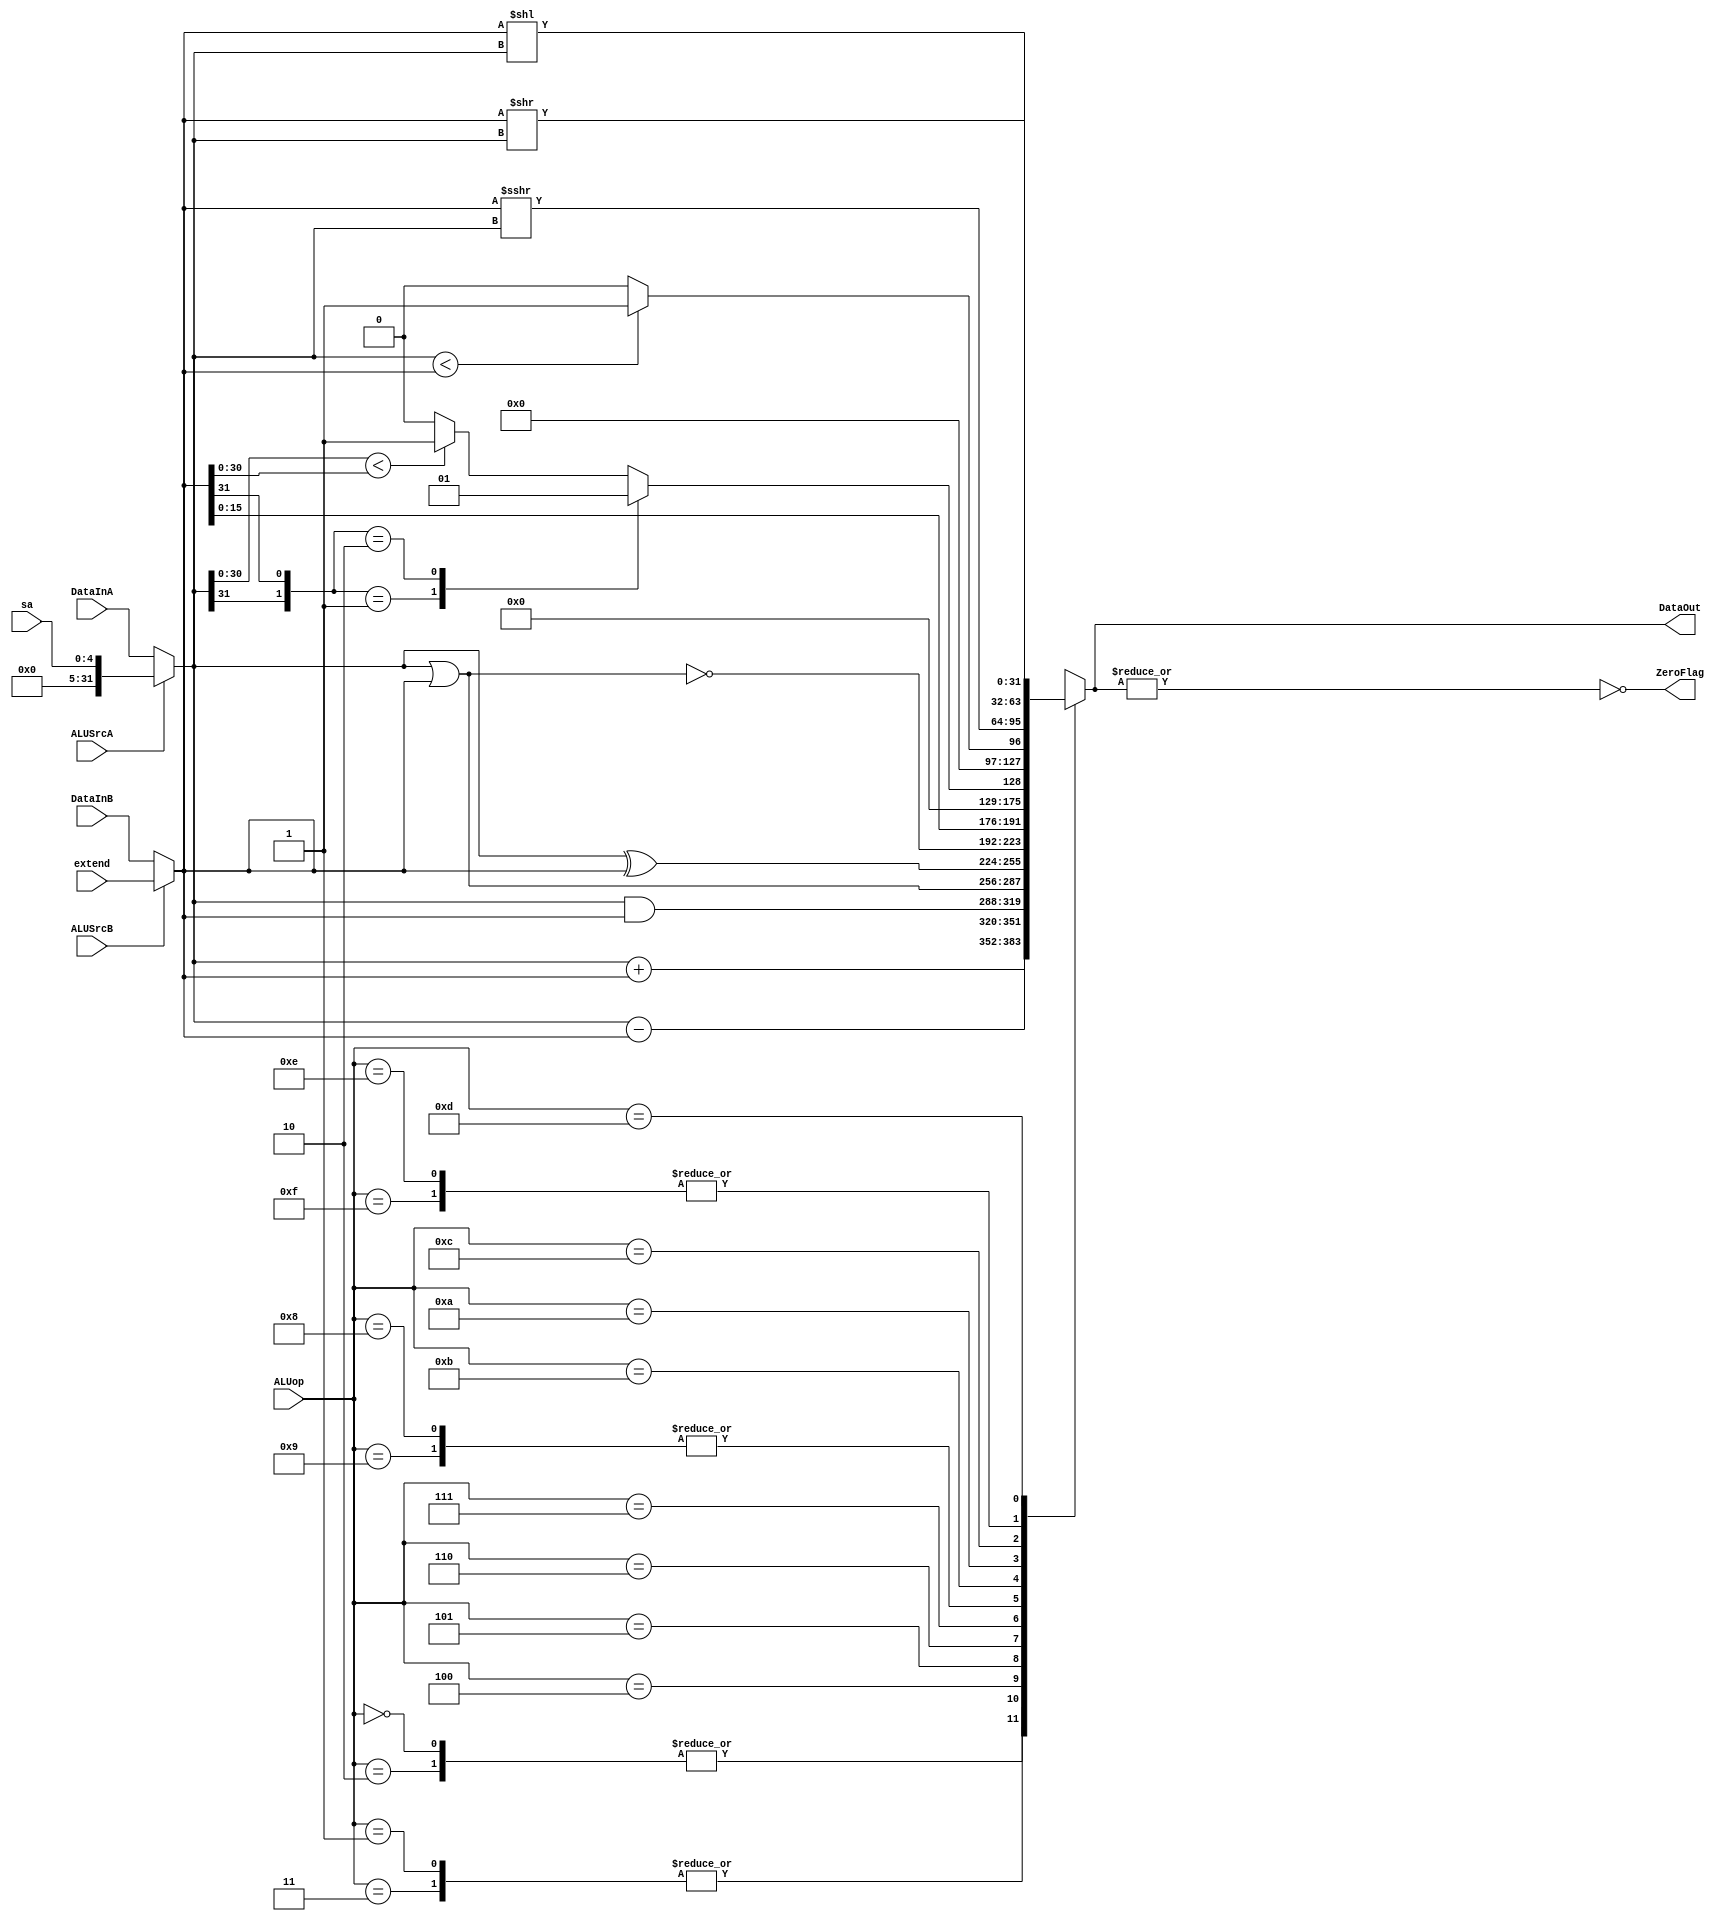
`timescale 1ns / 1ps
//////////////////////////////////////////////////////////////////////////////////
// Company: 
// Engineer: 
// 
// Design Name: 
// Module Name: ALU
// Project Name: 
// Target Devices: 
// Tool Versions: 
// Description: 
// 
// Dependencies: 
// 
// Revision:
// Revision 0.01 - File Created
// Additional Comments:
// 
//////////////////////////////////////////////////////////////////////////////////


module ALU(
    input             ALUSrcA,
    input             ALUSrcB,
    input      [4:0]  sa,
    input      [31:0] extend,
    input      [31:0] DataInA,
    input      [31:0] DataInB,
    input      [3:0]  ALUop,
    output reg        ZeroFlag,
    output reg [31:0] DataOut
);
    reg [31:0] A, B;

    always @(*) begin
        A = (ALUSrcA == 1'b0) ? DataInA : sa;
        B = (ALUSrcB == 1'b0) ? DataInB : extend;
        case (ALUop)
            4'b0000, 4'b0010: begin 
                // ADDU ADD
                DataOut = A + B;
            end
            4'b0001, 4'b0011: begin
                // SUBU SUB
                DataOut = A - B;
            end
            4'b0100: begin
                // AND
                DataOut = A & B;
            end
            4'b0101: begin
                // OR
                DataOut = A | B;
            end
            4'b0110: begin
                // XOR
                DataOut = A ^ B;
            end
            4'b0111: begin
                // NOR
                DataOut = ~(A | B);
            end
            4'b1000, 4'b1001: begin
                // LUI
                DataOut = {B[15:0], 16'd0};
            end
            4'b1011: begin
                // SLT
                case ({A[31], B[31]})
                    2'b01: DataOut = 32'd0;
                    2'b10: DataOut = 32'd1; 
                    default: begin
                        DataOut = (A[30:0] < B[30:0]) ? 1 : 0;
                    end
                endcase
            end
            4'b1010: begin
                // SLTU
                DataOut = (A < B) ? 1 : 0;
            end
            4'b1100: begin
                // SRA
                DataOut = $signed(B) >>> A;
            end
            4'b1110, 4'b1111: begin
                // SLL/SLR
                DataOut = B << A;
            end
            4'b1101: begin
                // SRL
                DataOut = B >> A;
            end
        endcase
        ZeroFlag = ~(|DataOut);
    end

endmodule